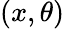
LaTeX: (x,\theta)